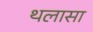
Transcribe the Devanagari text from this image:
थलासा